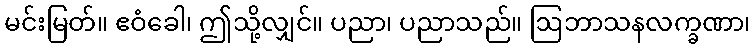
မင်းမြတ်။ ဧဝံခေါ၊ ဤသို့လျှင်။ ပညာ၊ ပညာသည်။ ဩဘာသနလက္ခဏာ၊